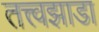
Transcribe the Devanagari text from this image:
तत्त्वझाडा